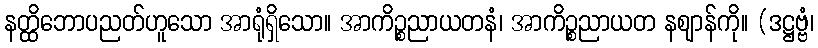
နတ္ထိဘောပညတ်ဟူသော အာရုံရှိသော။ အာကိဉ္စညာယတနံ၊ အာကိဉ္စညာယတ နဈာန်ကို။ (ဒဋ္ဌဗ္ဗံ၊